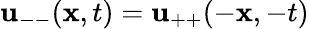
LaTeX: {\mathbf{u}}_{--}({\mathbf{x}},t)={\mathbf{u}}_{++}(-{\mathbf{x}},-t)